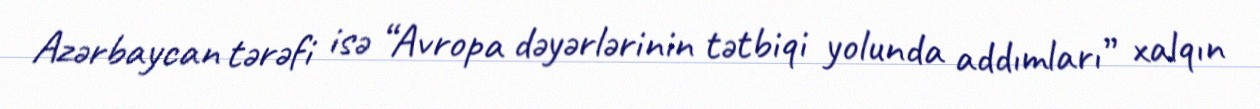
Azərbaycan tərəfi isə “Avropa dəyərlərinin tətbiqi yolunda addımları” xalqın